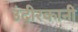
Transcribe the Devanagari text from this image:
उंदीरकानी